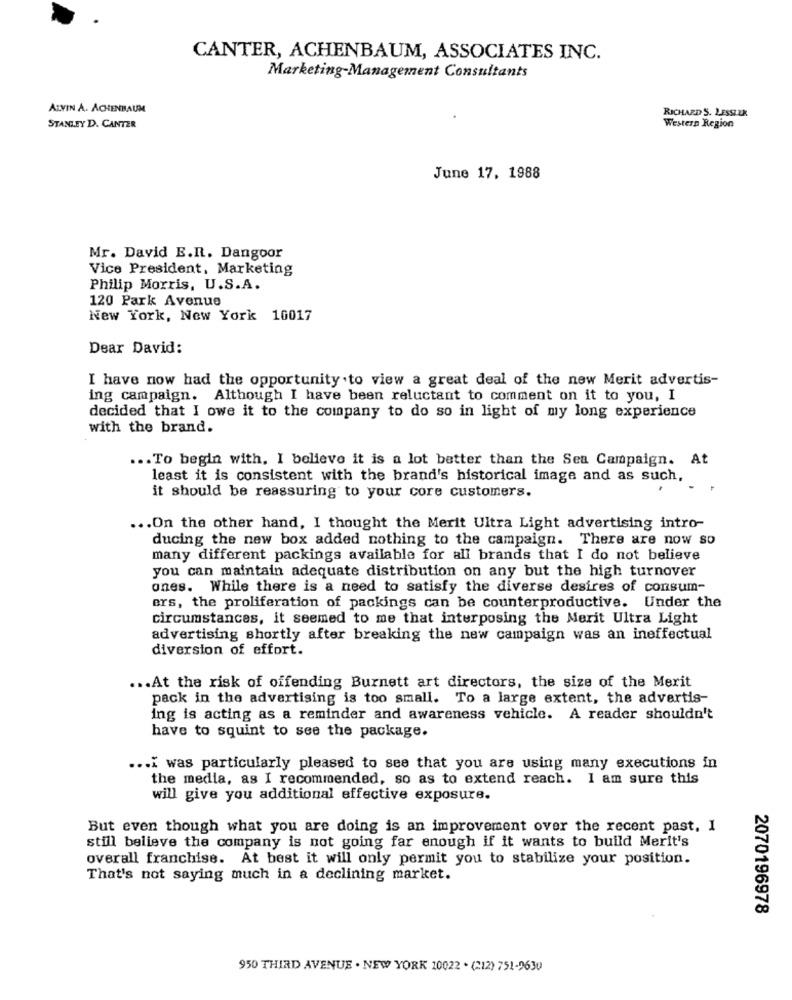
CANTER, ACHENBAUM, ASSOCIATES INC.
Marketing-Management Consultants
ALVIN A. ACHENBAUM
RICHARD S. LESSIER
STANLEY D. CANTER
Western Region
June 17, 1988
Mr. David E.R. Dangoor
Vice President, Marketing
Philip Morris, U.S.A.
120 Park Avenue
New York, New York 10017
Dear David:
I have now had the opportunity .to view a great deal of the new Merit advertis-
ing campaign. Although I have been reluctant to comment on it to you, I
decided that I owe it to the company to do so in light of my long experience
with the brand.
... To begin with. I believe it is a lot better than the Sea Campaign. At
least it is consistent with the brand's historical image and as such,
it should be reassuring to your core customers.
... On the other hand, I thought the Merit Ultra Light advertising intro-
ducing the new box added nothing to the campaign. There are now so
many different packings available for all brands that I do not believe
you can maintain adequate distribution on any but the high turnover
ones. While there is a need to satisfy the diverse desires of consum-
ers, the proliferation of packings can be counterproductive. Under the
circumstances, it seemed to me that interposing the Merit Ultra Light
advertising shortly after breaking the new campaign was an ineffectual
diversion of effort.
... At the risk of offending Burnett art directors, the size of the Merit
pack in the advertising is too small. To a large extent, the advertis-
ing is acting as a reminder and awareness vehicle. A reader shouldn't
have to squint to see the package.
.... was particularly pleased to see that you are using many executions in
the media, as I recommended, so as to extend reach. I am sure this
will give you additional effective exposure.
But even though what you are doing is an improvement over the recent past, I
still believe the company is not going far enough if it wants to build Merit's
overall franchise. At best it will only permit you to stabilize your position.
That's not saying much in a declining market.
2070196978
950 THIRD AVENUE . NEW YORK 10022 . (212) 751-9630